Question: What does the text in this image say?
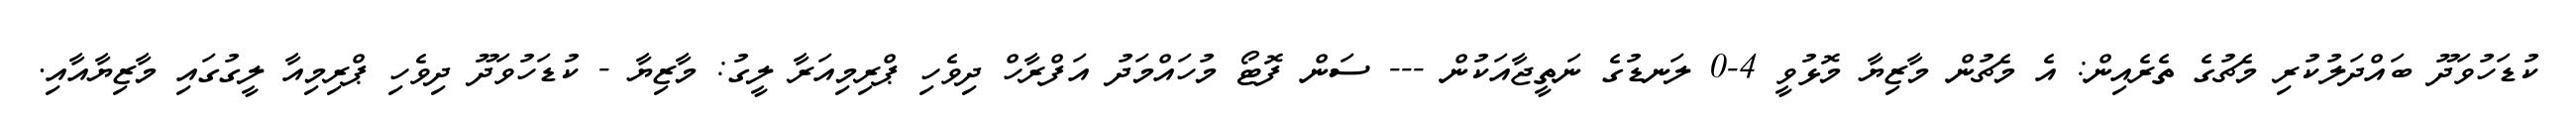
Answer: ކުޑަހުވަދޫ ބައްދަލުކުރި މެޗުގެ ތެރެއިން: އެ މެޗުން މާޒިޔާ މޮޅުވީ 4-0 ލަނޑުގެ ނަތީޖާއަކުން --- ސަން ފޮޓޯ މުހައްމަދު އަފްރާހް ދިވެހި ޕްރިމިއަރާ ލީގު: މާޒިޔާ - ކުޑަހުވަދޫ ދިވެހި ޕްރިމިއާ ލީގުގައި މާޒިޔާއާއި.